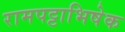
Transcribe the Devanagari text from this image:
रामपट्टाभिषेक